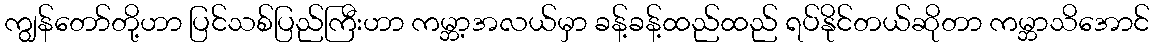
ကျွန်တော်တို့ဟာ ပြင်သစ်ပြည်ကြီးဟာ ကမ္ဘာ့အလယ်မှာ ခန့်ခန့်ထည်ထည် ရပ်နိုင်တယ်ဆိုတာ ကမ္ဘာသိအောင်